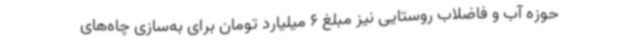
حوزه آب و فاضلاب روستایی نیز مبلغ 6 میلیارد تومان برای به‌سازی چاه‌های